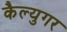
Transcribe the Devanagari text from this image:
कैल्युगर